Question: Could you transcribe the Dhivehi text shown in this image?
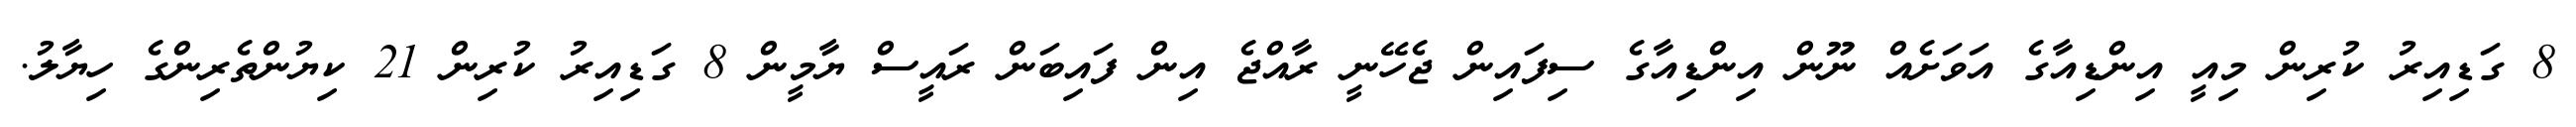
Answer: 8 ގަޑިއިރު ކުރިން މިއީ އިންޑިއާގެ އަވަށެއް ނޫން އިންޑިއާގެ ސިފައިން ޖެހޭނީ ރާއްޖެ އިން ފައިބަން ރައީސް ޔާމީން 8 ގަޑިއިރު ކުރިން 21 ކިޔުންތެރިންގެ ހިޔާލު.